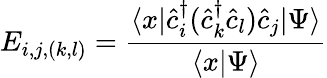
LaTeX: E_{i,j,(k,l)}=\frac{\langle x|\hat{c}_{i}^{\dagger}(\hat{c}_{k}^{\dagger}\hat{c}_{l})\hat{c}_{j}|\Psi\rangle}{\langle x|\Psi\rangle}